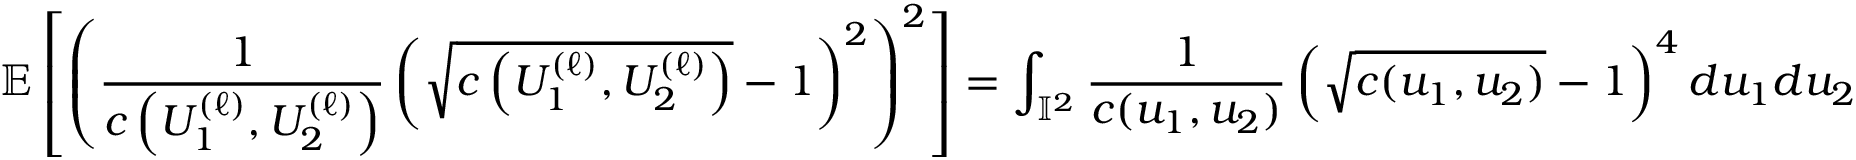
\mathbb { E } \left[ \left( \frac { 1 } { c \left( U _ { 1 } ^ { ( \ell ) } , U _ { 2 } ^ { ( \ell ) } \right) } \left( \sqrt { c \left( U _ { 1 } ^ { ( \ell ) } , U _ { 2 } ^ { ( \ell ) } \right) } - 1 \right) ^ { 2 } \right) ^ { 2 } \right] = \int _ { \mathbb { I } ^ { 2 } } \frac { 1 } { c ( u _ { 1 } , u _ { 2 } ) } \left( \sqrt { c ( u _ { 1 } , u _ { 2 } ) } - 1 \right) ^ { 4 } d u _ { 1 } d u _ { 2 }